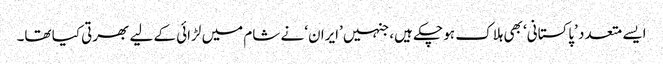
ایسے متعدد ’پاکستانی‘ بھی ہلاک ہو چکے ہیں، جنہیں ’ایران‘ نے شام میں لڑائی کے لیے بھرتی کیا تھا۔